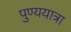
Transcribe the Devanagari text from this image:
पुण्ययात्रा